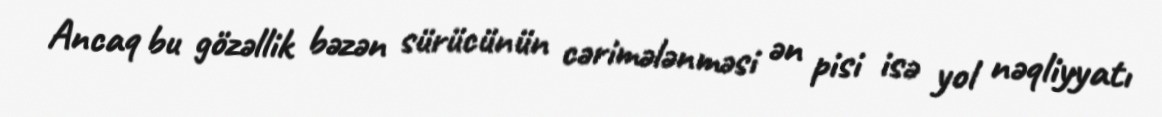
Ancaq bu gözəllik bəzən sürücünün cərimələnməsi ən pisi isə yol nəqliyyatı